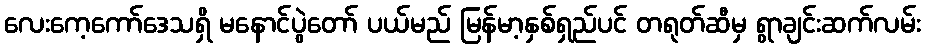
လေးကေ့ကော်ဒေသရှိ မနောင်ပွဲတော် ပယ်မည် မြန်မာ့နှစ်ရှည်ပင် တရုတ်ဆီမှ ရွာချင်းဆက်လမ်း